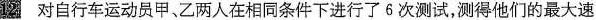
12对自行车运动员甲、乙两人在相同条件下进行了6次测试，测得他们的最大速